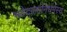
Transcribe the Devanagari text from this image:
भवेद्‌ग्लानिर्धर्मस्य